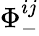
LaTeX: \Phi_{-}^{ij}